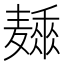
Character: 𱋩